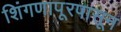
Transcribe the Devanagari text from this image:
शिंगणापूरपासून